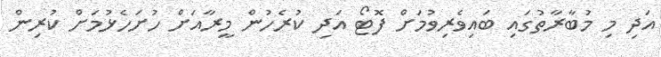
އަދި މި މުބާރާތުގައި ބައިވެރިވުމަށް ފޮޓޯ އަދި ކުރެހުން މީރާއަށް ހުށަހެޅުމަށް ކުރިން